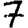
Digit: 7